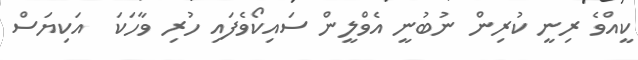
ކީއްވެ ރިނީ ކުރިން ނުބުނީ އެވްލީން ސައިކޯވެފައި ހުރި ވާހަކަ  އަކިޔަސް